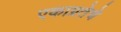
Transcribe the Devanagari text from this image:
एकाग्रतेचे